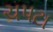
ચપટા